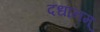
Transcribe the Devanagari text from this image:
दधानम्